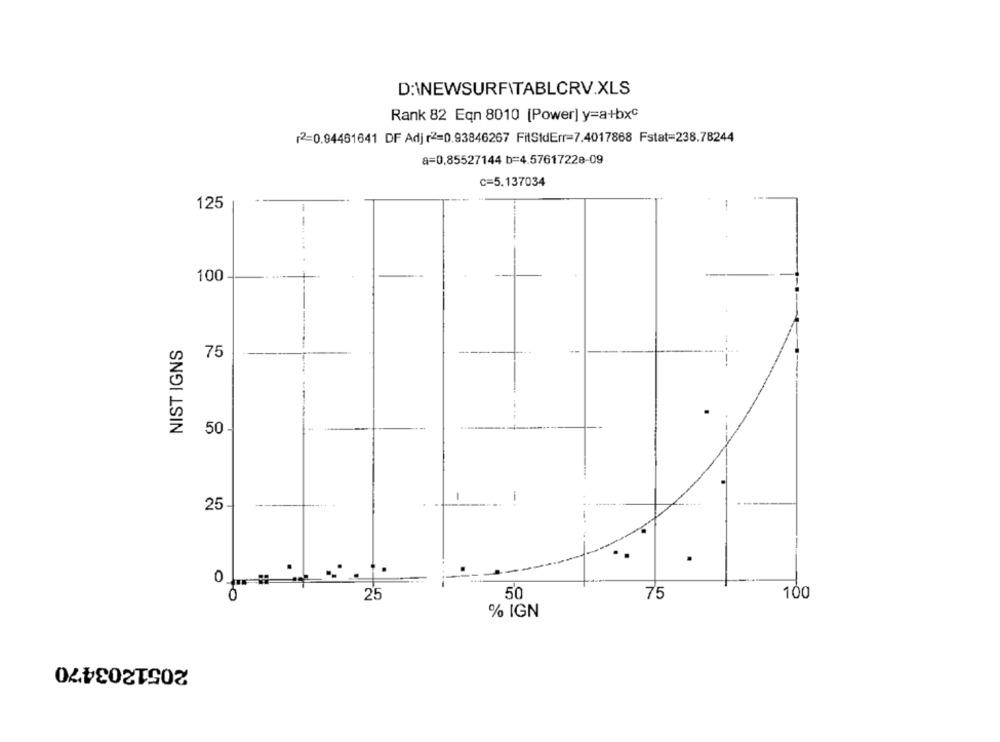
D:\NEWSURFITABLCRV.XLS
Rank 82 Eqn 8010 [Power] y=a+bxc
2=0.94461641 DF Adj r2=0.93846267 FitStdErr=7.4017868 Fstat=238.78244
a=0,85527144 b=4.57617228-09
c=5.137034
125
-
100
NIST IGNS
--
75
50
-
25
.
0
100
25
50
75
% IGN
2051203470